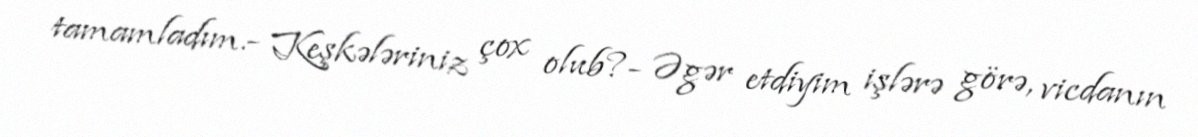
tamamladım.- Keşkələriniz çox olub?- Əgər etdiyim işlərə görə, vicdanın